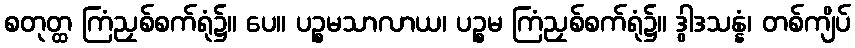
စတုတ္ထ ကြံညှစ်စက်ရုံ၌။ ပေ။ ပဉ္စမသာလာယ၊ ပဉ္စမ ကြံညှစ်စက်ရုံ၌။ ဒွါဒသန္နံ၊ တစ်ကျိပ်